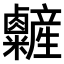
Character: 𥽽